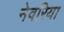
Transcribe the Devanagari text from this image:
नेवरिया